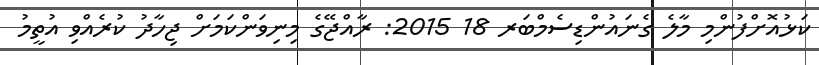
ކަޅުއޮށްފުންމި މާލެ ގެނައުންޑިސެމްބަރ 18 2015: ރާއްޖޭގެ މިނިވަންކަމަށް ޖިހާދު ކުރެއްވި އުތީމު